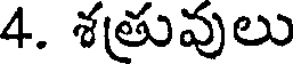
4. శతువులు